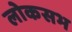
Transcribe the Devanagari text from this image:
लोकसभ